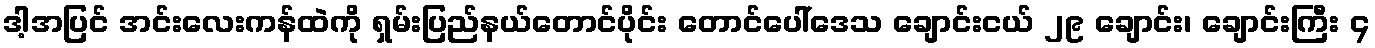
ဒါ့အပြင် အင်းလေးကန်ထဲကို ရှမ်းပြည်နယ်တောင်ပိုင်း တောင်ပေါ်ဒေသ ချောင်းငယ် ၂၉ ချောင်း၊ ချောင်းကြီး ၄